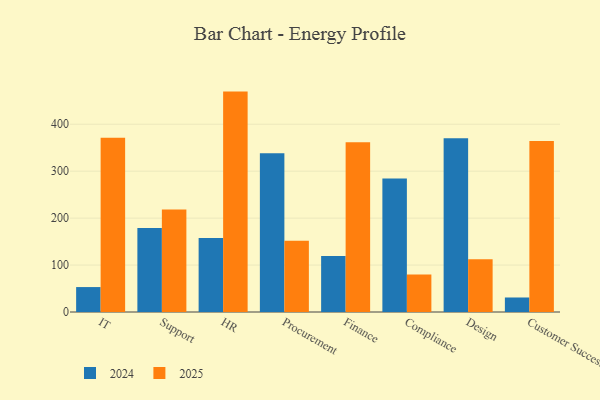
{"axis": {"x": "Department", "y": "Conversion Rate (%)"}, "legend": ["2024", "2025"], "data": [{"x": "IT", "y": 53.1, "type": "2024"}, {"x": "IT", "y": 371.1, "type": "2025"}, {"x": "Support", "y": 179.0, "type": "2024"}, {"x": "Support", "y": 218.2, "type": "2025"}, {"x": "HR", "y": 157.6, "type": "2024"}, {"x": "HR", "y": 469.5, "type": "2025"}, {"x": "Procurement", "y": 338.1, "type": "2024"}, {"x": "Procurement", "y": 152.0, "type": "2025"}, {"x": "Finance", "y": 119.4, "type": "2024"}, {"x": "Finance", "y": 361.6, "type": "2025"}, {"x": "Compliance", "y": 284.3, "type": "2024"}, {"x": "Compliance", "y": 79.8, "type": "2025"}, {"x": "Design", "y": 370.2, "type": "2024"}, {"x": "Design", "y": 112.5, "type": "2025"}, {"x": "Customer Success", "y": 30.9, "type": "2024"}, {"x": "Customer Success", "y": 364.2, "type": "2025"}]}